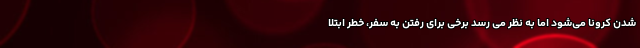
شدن کرونا می‌شود اما به نظر می رسد برخی برای رفتن به سفر، خطر ابتلا